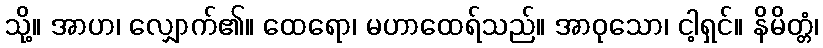
သို့။ အာဟ၊ လျှောက်၏။ ထေရော၊ မဟာထေရ်သည်။ အာဝုသော၊ ငါ့ရှင်။ နိမိတ္တံ၊